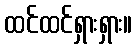
ထင်ထင်ရှားရှား။